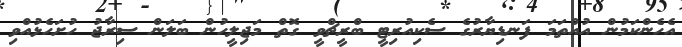
އެހެންކަމުން އުއްތަމަ ފަނޑިޔާރުގެ ސެކިއުރިޓީ ބްރީޗްްވީ ގޮތް މަޖިލީހުން ބަލަން ސިރާޖު ހުށަހެޅުއްވި